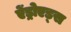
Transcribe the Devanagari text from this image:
ऐंड्रोएड्स